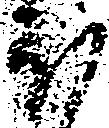
ほ